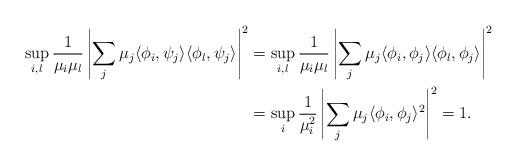
LaTeX: \begin{align*}\sup_{i,l} \frac{1}{\mu_i\mu_l} \left| \sum_j \mu_j \langle \phi_i, \psi_j \rangle \langle \phi_l, \psi_j \rangle\right|^2 &= \sup_{i,l} \frac{1}{\mu_i\mu_l} \left| \sum_j \mu_j \langle \phi_i, \phi_j \rangle \langle \phi_l, \phi_j \rangle\right|^2 \\ &= \sup_{i} \frac{1}{\mu_i^2} \left| \sum_j \mu_j \langle \phi_i, \phi_j \rangle^2 \right|^2 =1.\end{align*}